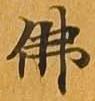
仏